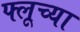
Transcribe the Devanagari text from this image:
फ्लूच्या